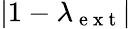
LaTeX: |1-\lambda_{\mathrm{~e~x~t~}}|